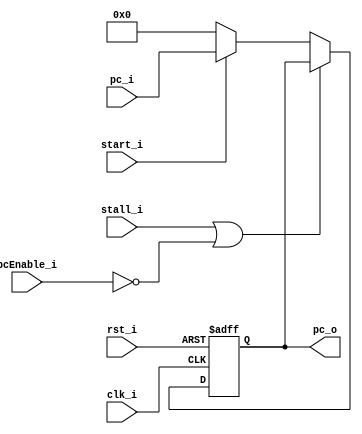
module PC
(
	clk_i,
   	rst_i,
	start_i,
	stall_i,
	pcEnable_i,
	pc_i,
	pc_o
);

// Interface
input				   clk_i;
input				   rst_i;
input				   start_i;
input				   stall_i;
input          pcEnable_i;
input	 [31:0]		pc_i;
output	[31:0]		pc_o;

// Signals
reg		[31:0]		pc_o;

always@(posedge clk_i or negedge rst_i) begin
    if(~rst_i) begin
        pc_o <= 32'b0;
    end
    else begin
    	if(stall_i || pcEnable_i == 1'b0) begin
    	end
    	else if(start_i)	begin
    			pc_o <= pc_i;
    	end
    	else
    		pc_o <= 32'b0;
    end
end

endmodule